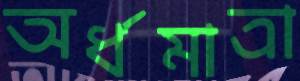
অর্ধমাত্রা